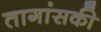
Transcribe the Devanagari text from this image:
तागांसकी